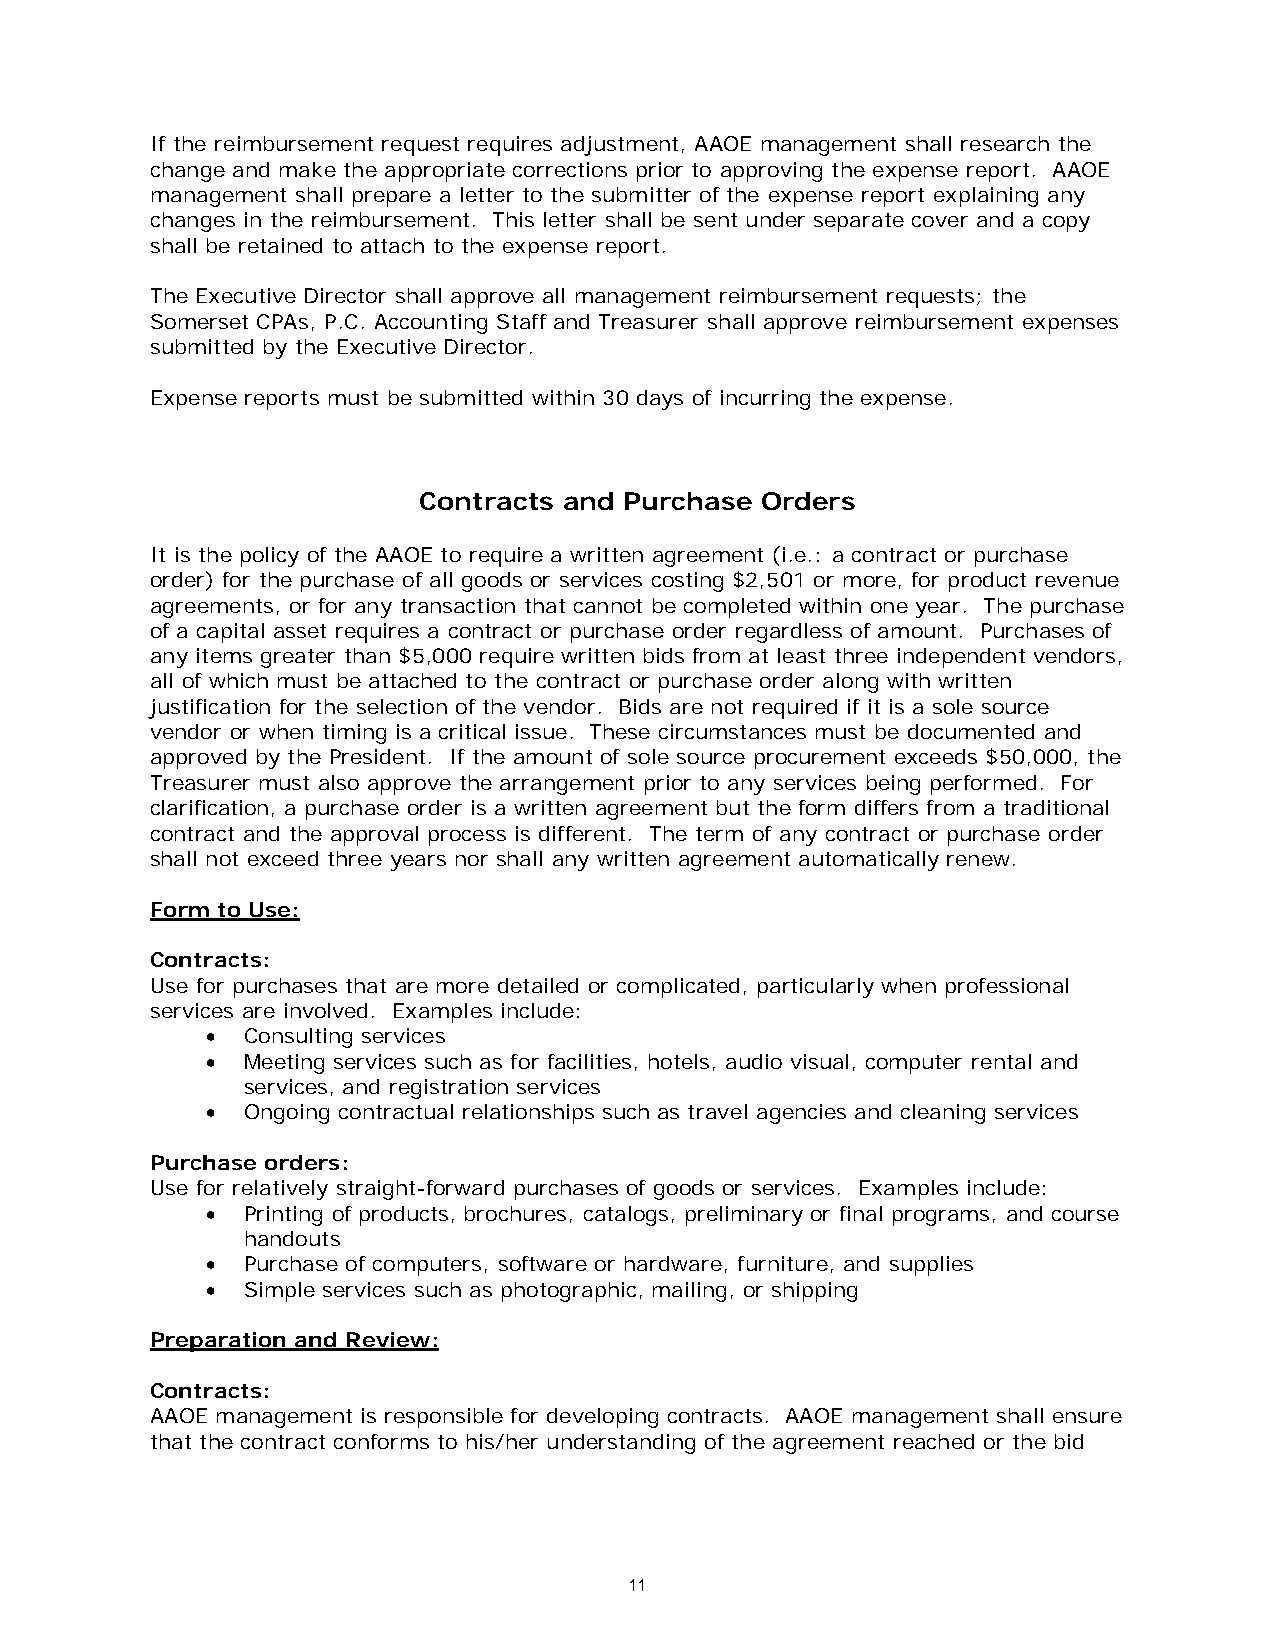
If the reimbursement request requires adjustment, AAOE management shall research the
 change and make the appropriate corrections prior to approving the expense report. AAOE
 management shall prepare a letter to the submitter of the expense report explaining any
 changes in the reimbursement. This letter shall be sent under separate cover and a copy
 shall be retained to attach to the expense report.
 The Executive Director shall approve all management reimbursement requests; the
 Somerset CPAs, P.C. Accounting Staff and Treasurer shall approve reimbursement expenses
 submitted by the Executive Director.
 Expense reports must be submitted within 30 days of incurring the expense.
 Contracts and Purchase Orders
 It is the policy of the AAOE to require a written agreement (i.e.: a contract or purchase
 order) for the purchase of all goods or services costing $2,501 or more, for product revenue
 agreements, or for any transaction that cannot be completed within one year. The purchase
 of a capital asset requires a contract or purchase order regardless of amount. Purchases of
 any items greater than $5,000 require written bids from at least three independent vendors,
 all of which must be attached to the contract or purchase order along with written
 justification for the selection of the vendor. Bids are not required if it is a sole source
 vendor or when timing is a critical issue. These circumstances must be documented and
 approved by the President. If the amount of sole source procurement exceeds $50,000, the
 Treasurer must also approve the arrangement prior to any services being performed. For
 clarification, a purchase order is a written agreement but the form differs from a traditional
 contract and the approval process is different. The term of any contract or purchase order
 shall not exceed three years nor shall any written agreement automatically renew.
 Form to Use:
 Contracts:
 Use for purchases that are more detailed or complicated, particularly when professional
 services are involved. Examples include:
 • Consulting services
 • Meeting services such as for facilities, hotels, audio visual, computer rental and
 services, and registration services
 • Ongoing contractual relationships such as travel agencies and cleaning services
 Purchase orders:
 Use for relatively straight-forward purchases of goods or services. Examples include:
 • Printing of products, brochures, catalogs, preliminary or final programs, and course
 handouts
 • Purchase of computers, software or hardware, furniture, and supplies
 • Simple services such as photographic, mailing, or shipping
 Preparation and Review:
 Contracts:
 AAOE management is responsible for developing contracts. AAOE management shall ensure
 that the contract conforms to his/her understanding of the agreement reached or the bid
 11